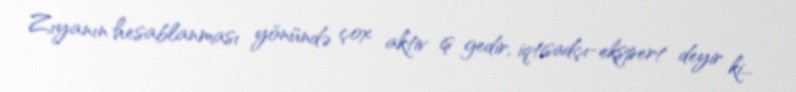
Zıyanın hesablanması yönündə çox aktiv iş gedir, iqtisadçı-ekspert deyir ki...